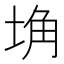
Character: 埆